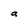
Character: a